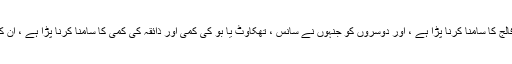
انہوں نے کہا کہ نوجوان مریضوں کو فالج کا سامنا کرنا پڑا ہے ، اور دوسروں کو جنہوں نے سانس ، تھکاوٹ یا بو کی کمی اور ذائقہ کی کمی کا سامنا کرنا پڑا ہے ، ان کی صحت یابی کے طویل عرصے بعد۔